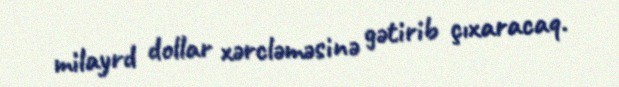
milayrd dollar xərcləməsinə gətirib çıxaracaq.